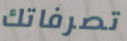
تصرفاتك